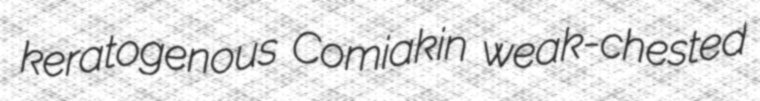
keratogenous Comiakin weak-chested